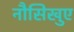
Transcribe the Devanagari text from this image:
नौसिखुए